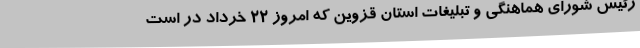
رئیس شورای هماهنگی و تبلیغات استان قزوین که امروز 22 خرداد در است